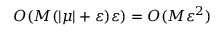
O ( M ( | \mu | + \varepsilon ) \varepsilon ) = O ( M \varepsilon ^ { 2 } )